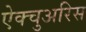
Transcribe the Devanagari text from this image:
ऐक्चुअरिस